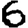
Digit: 6